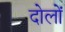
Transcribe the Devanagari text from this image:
दोलों